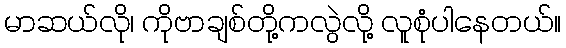
မာဆယ်လို၊ ကိုဗာချစ်တို့ကလွဲလို့ လူစုံပါနေတယ်။